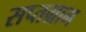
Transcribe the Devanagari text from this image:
सप्तग्राम